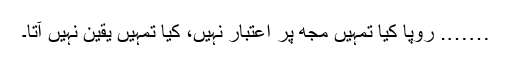
……. رُوپا کیا تمہیں مجھ پر اعتبار نہیں، کیا تمہیں یقین نہیں آتا۔